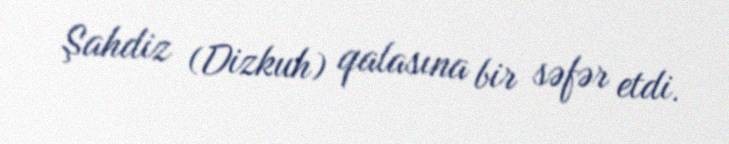
Şahdiz (Dizkuh) qalasına bir səfər etdi.